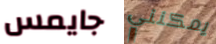
جايمس يمكنني